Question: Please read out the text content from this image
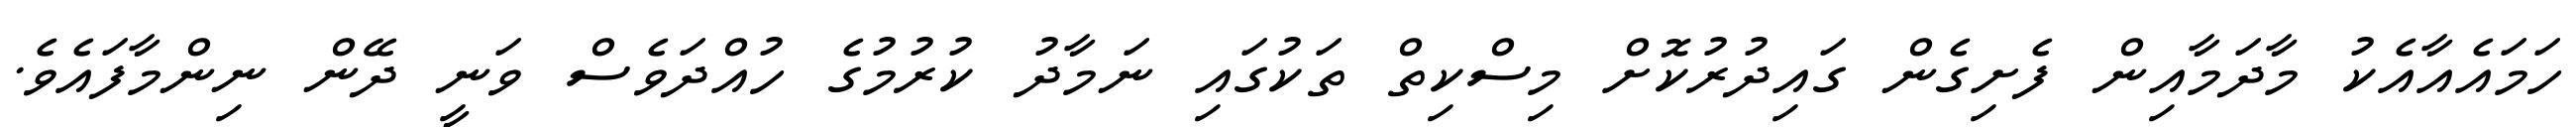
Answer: ހަމައެއާއެކު މާދަމާއިން ފެށިގެން ގައިދުރުކޮށް މިސްކިތް ތަކުގައި ނަމާދު ކުރުމުގެ ހުއްދަވެސް ވަނީ ދޭން ނިންމާފައެވެ.